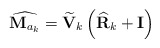
\begin{align*}\widehat{\mathbf{M}_{a_k}} = \widetilde{\mathbf{V}}_k\left(\widehat{\mathbf{R}}_k + \mathbf{I} \right)\end{align*}